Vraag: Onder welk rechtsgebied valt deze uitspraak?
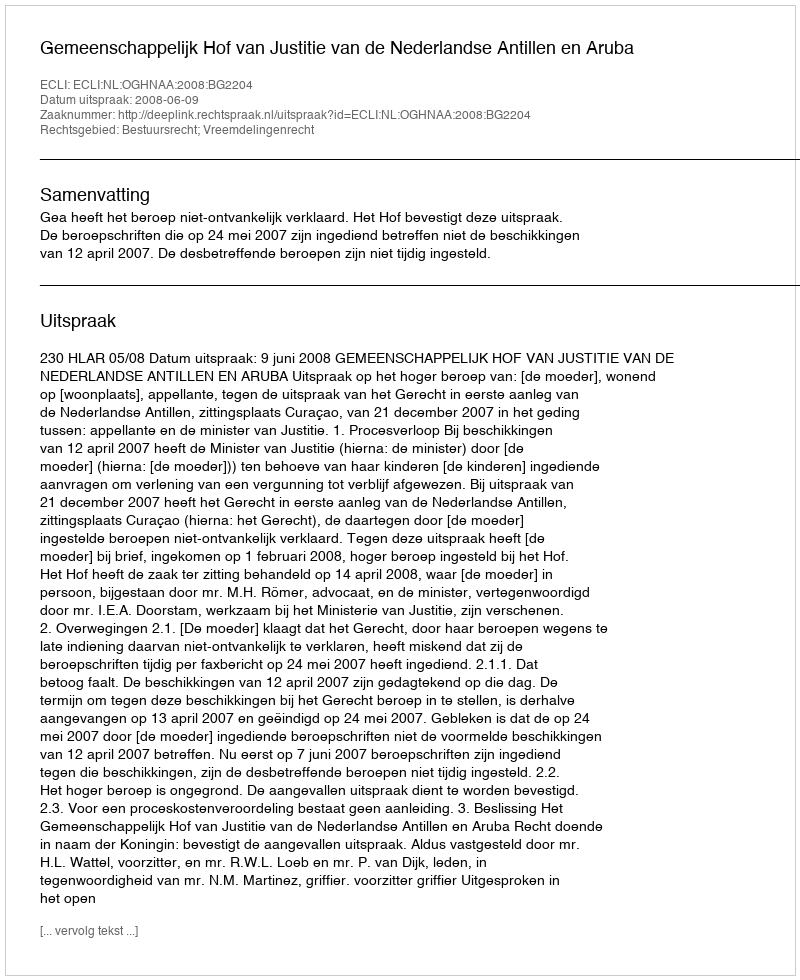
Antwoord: Bestuursrecht; Vreemdelingenrecht